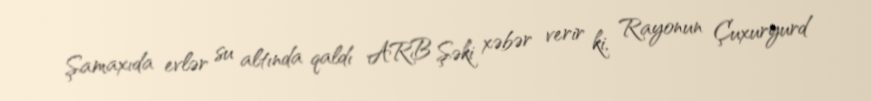
Şamaxıda evlər su altında qaldı ARB Şəki xəbər verir ki, Rayonun Çuxuryurd